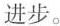
进步。